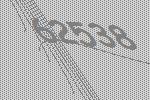
62538